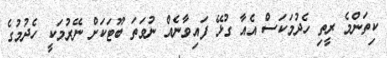
ކިތަންމެ ރީތި ހެދުމަކަސް އެއާ ގުޅޭ ފައިވާނެއް ނުވަތަ ބޫޓަކަށް ނޭރުމަކީ ހެދުމުގެ